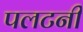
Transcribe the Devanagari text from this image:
पलटनी